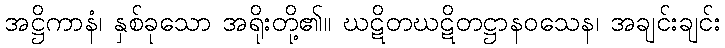
အဋ္ဌိကာနံ၊ နှစ်ခုသော အရိုးတို့၏။ ဃဋိတဃဋိတဋ္ဌာနဝသေန၊ အချင်းချင်း